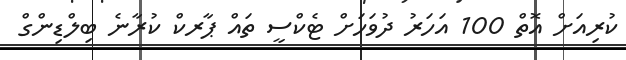
ކުރިއަށް އޮތް 100 އަހަރު ދުވަހަށް ޓެކްސީ ތައް ޕާރކް ކުރާނެ ބިލްޑިންގް